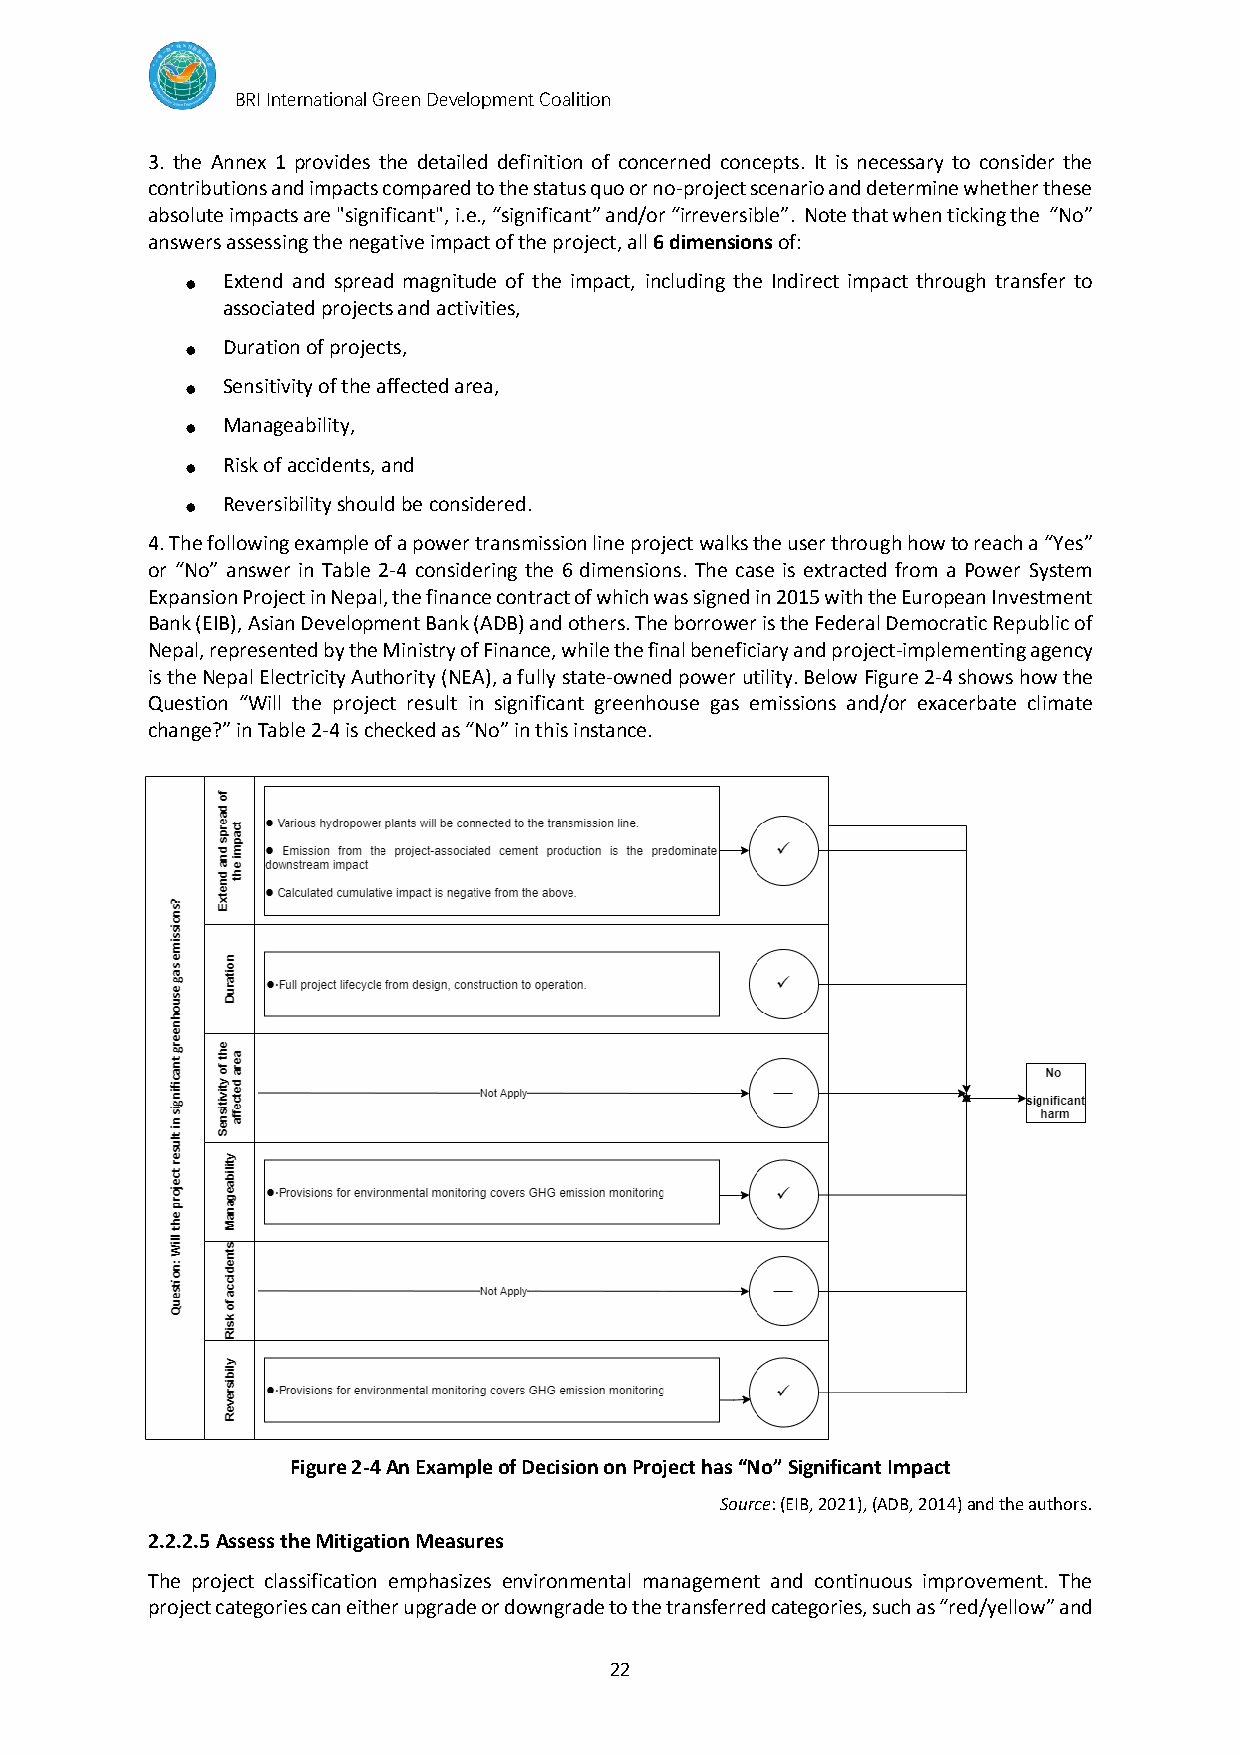
BRI International Green Development Coalition
 3. the Annex 1 provides the detailed definition of concerned concepts. It is necessary to consider the
 contributions and impacts compared to the status quo or no-project scenario and determine whether these
 absolute impacts are "significant", i.e., “significant” and/or “irreversible”. Note that when ticking the “No”
 answers assessing the negative impact of the project, all 6 dimensions of:
 Extend and spread magnitude of the impact, including the Indirect impact through transfer to
 ●
 associated projects and activities,
 Duration of projects,
 ●
 Sensitivity of the affected area,
 ●
 Manageability,
 ●
 Risk of accidents, and
 ●
 Reversibility should be considered.
 ●
 4. The following example of a power transmission line project walks the user through how to reach a “Yes”
 or “No” answer in Table 2-4 considering the 6 dimensions. The case is extracted from a Power System
 Expansion Project in Nepal, the finance contract of which was signed in 2015 with the European Investment
 Bank (EIB), Asian Development Bank (ADB) and others. The borrower is the Federal Democratic Republic of
 Nepal, represented by the Ministry of Finance, while the final beneficiary and project-implementing agency
 is the Nepal Electricity Authority (NEA), a fully state-owned power utility. Below Figure 2-4 shows how the
 Question “Will the project result in significant greenhouse gas emissions and/or exacerbate climate
 change?” in Table 2-4 is checked as “No” in this instance.
 Figure 2-4 An Example of Decision on Project has “No” Significant Impact
 Source: (EIB, 2021), (ADB, 2014) and the authors.
 2.2.2.5 Assess the Mitigation Measures
 The project classification emphasizes environmental management and continuous improvement. The
 project categories can either upgrade or downgrade to the transferred categories, such as “red/yellow” and
 22